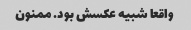
واقعا شبیه عکسش بود. ممنون